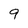
Character: 9